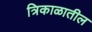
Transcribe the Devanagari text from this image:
त्रिकाळातील